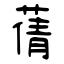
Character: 蒨